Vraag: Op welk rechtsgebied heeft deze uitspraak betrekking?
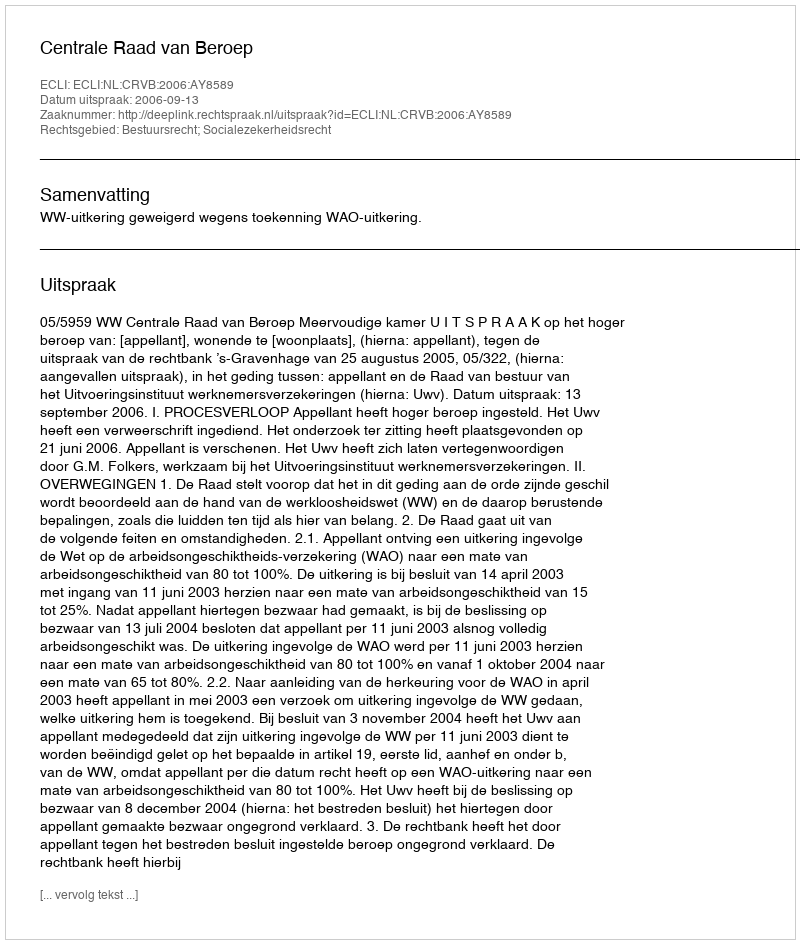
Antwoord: Bestuursrecht; Socialezekerheidsrecht